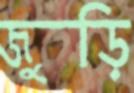
জুড়ি